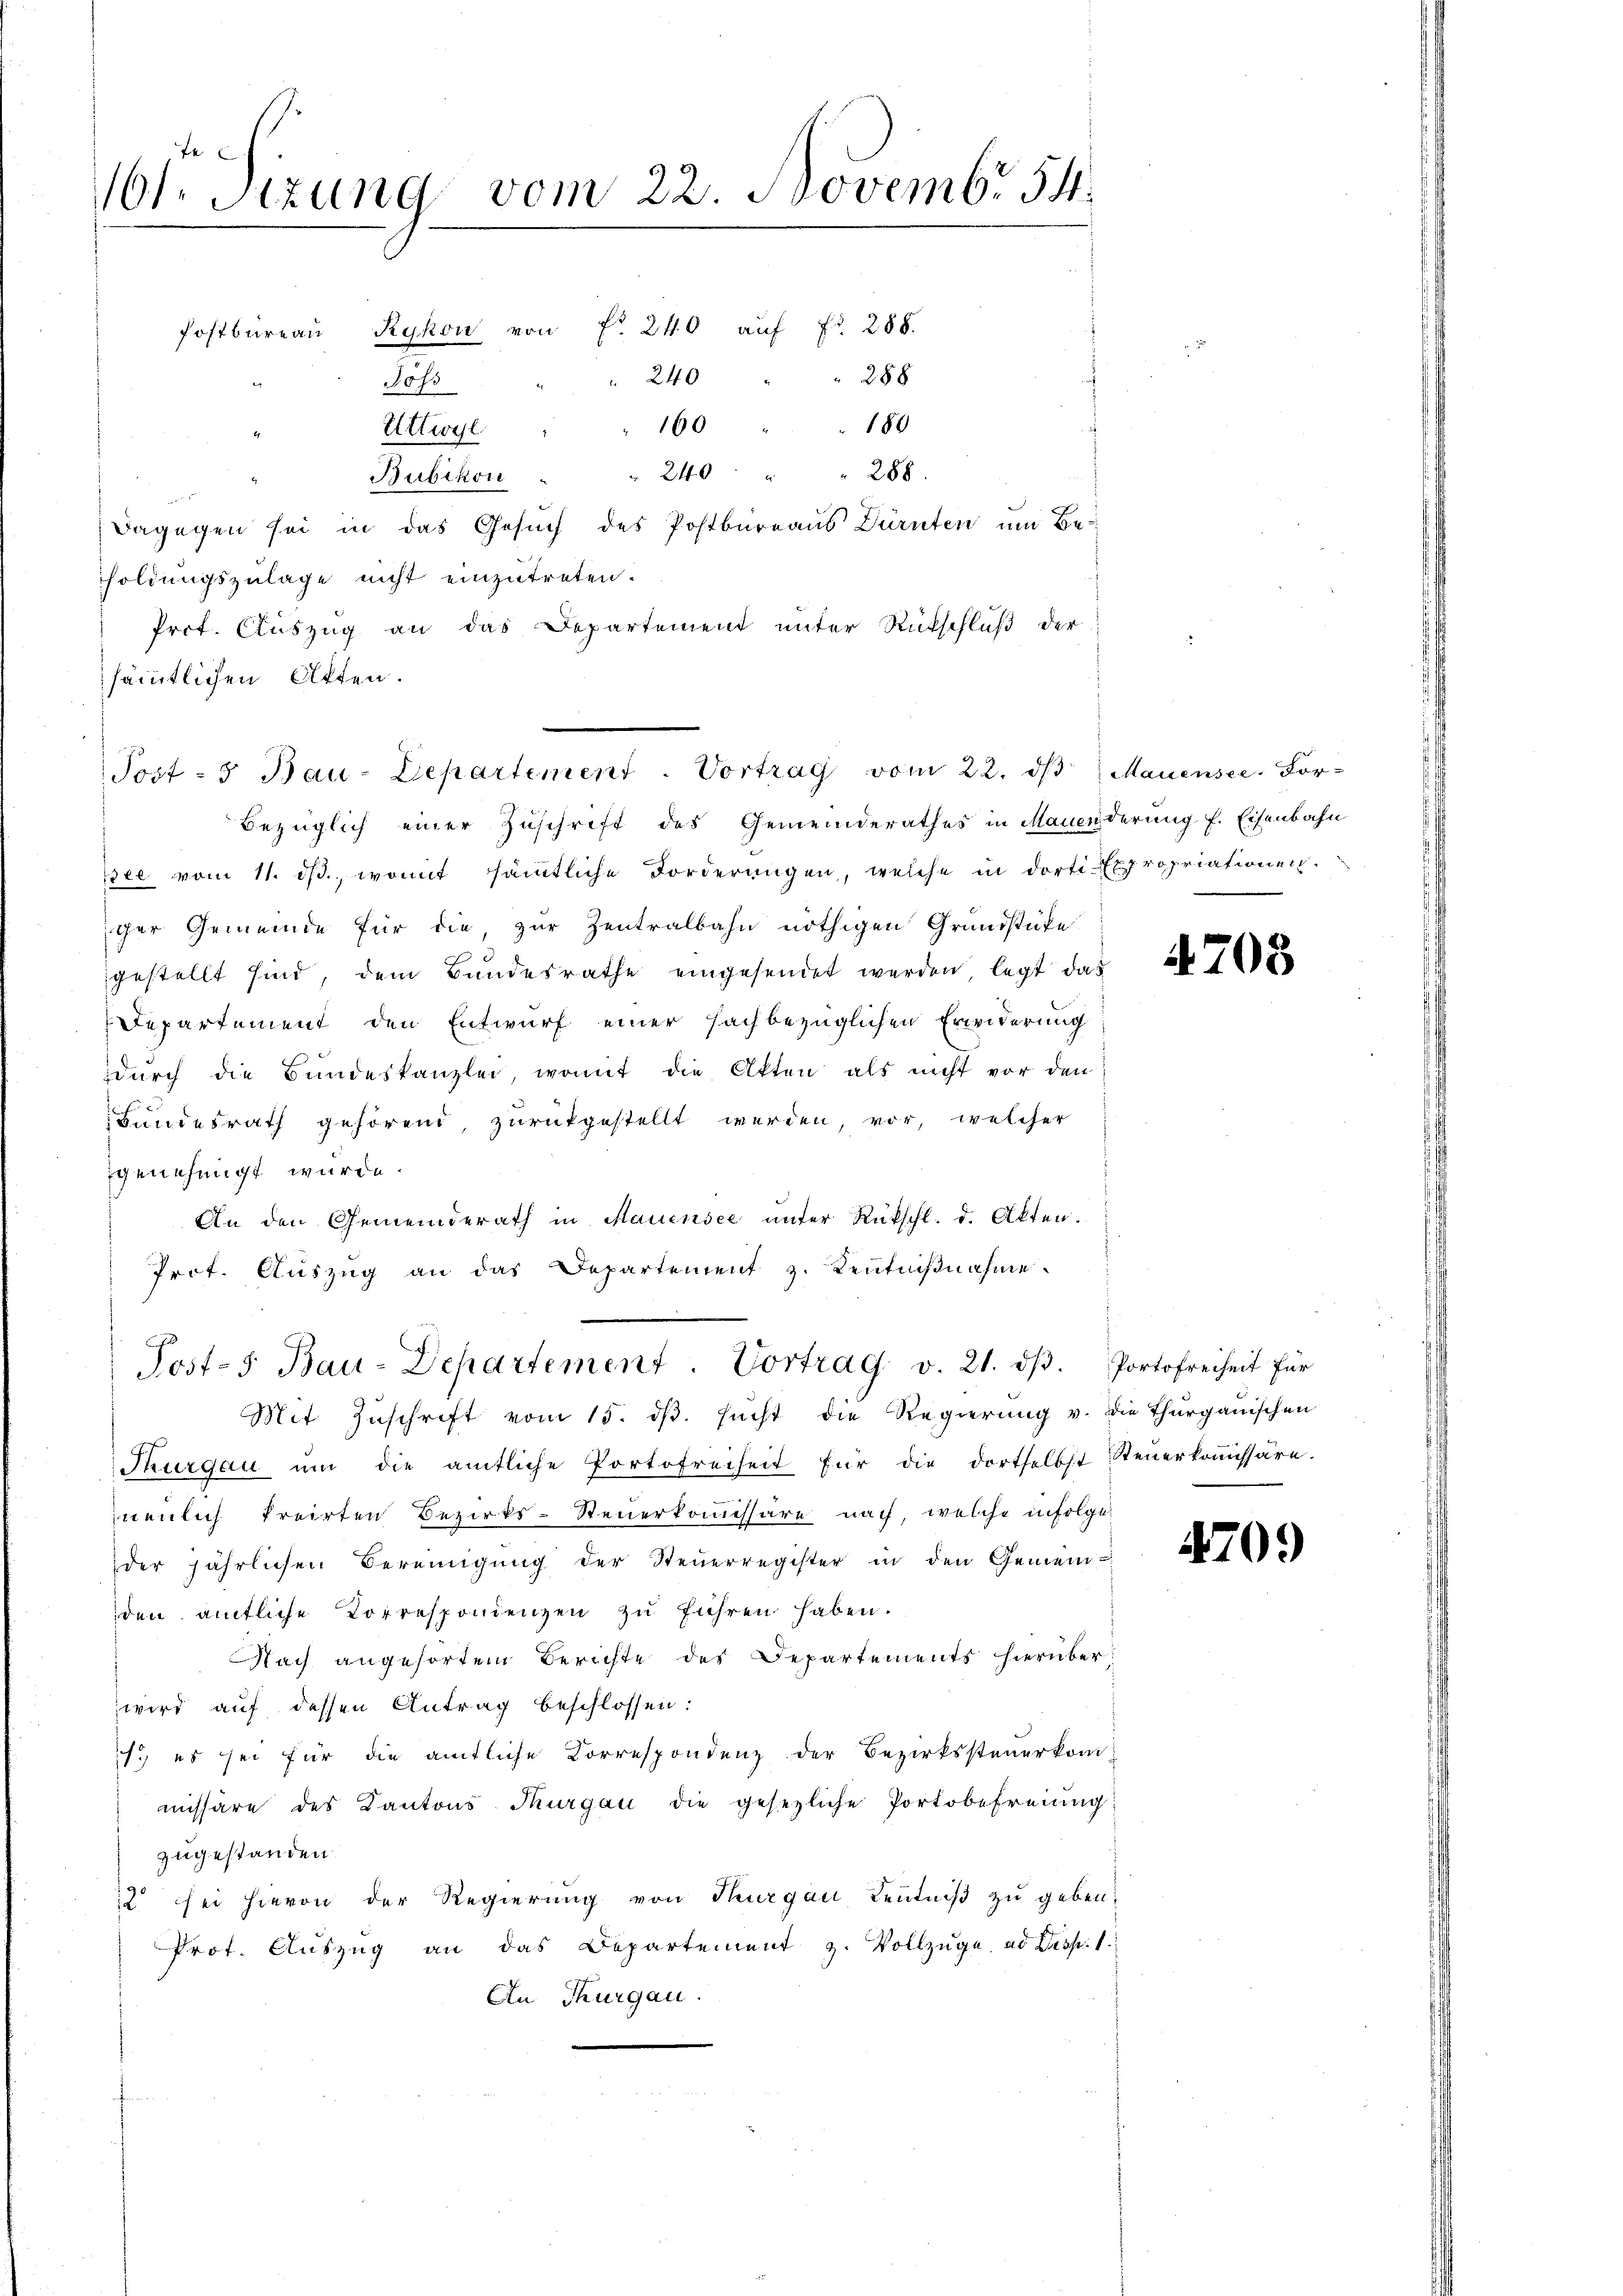
101. Sitzung vom 22. Novembr 54.
Postbüreaŭ Rykon von f. 240 aŭf Fr. 288.
" 240 " " 288
Joss
2
180
160
Ettwyl
240 " " 288.
Bubikon

Dagegen sei in das Gesuch des Postbureaus Dürnten um Be-
soldungszulage nicht einzutreten.
Prct. Auszug an das Departement unter Rückschluß der
sämmtlichen Otten.
Bezüglich einer Zuschrift des Gemeinderathes in Manenderung f. Eisenbahn
dee vom 11. ds., womit sämtliche Forderungen, welche in dorti Expropriationen.
iger Gemeinde für die zur Zentralbahn nöthigen Grundstüke
gestellt sind, dem Bundesrathe eingesendet werden legt das
Departement den Entwurf einer sachbezüglichen Erwiderung
durch die Bundeskanzlei, womit die Akten als nicht vor den
Bundesrath gehörend, zurückgestellt werden vor, welcher
genehmigt wurde.
An den Gemeinderath in Mauensee ŭnter Rückschl. d. Akten.
Prot. Aŭszŭg an das Departement z. Kenntniβnahme
Post-s Bau-Departement. Vortrag v. 21. dβ. Portofreiheit für
Mit Zŭschrift vom 15. dβ. sucht die Regierung v. die Thurgauischen
Thurgau ŭm die amtliche Portofreiheit für die dortselbst Steŭerkoṁissäre.
neulich freirten Bezirks-Steuerkommissäre nach, welche infolge
der jährlichen Bereinigŭng der Steŭerregister in den Gemein-
den amtliche Korrespondenzen zu führen haben.
Nach angesorten Berichte des Departements hierüber:
wird auf dessen Antrag beschlossen:
ich; es sei für die amtliche Korrespondenz der Bezirkssteuerkommissäre des Kantons Thurgau die gesezliche Portobefreiung:
zugestanden.
12 sei hievon der Regierung von Thurgau Kenntniß zu geben:
Prot. Aŭszŭg an das Departement z. Vollzŭge. ad Pesp. 1.
An Thurgau.

Post- 5 Bau-Departement. Vortrag vom 22. ds Mauensee. For-

4703

4709)